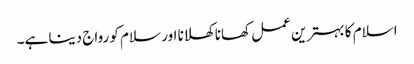
اسلام کا بہترین عمل کھانا کھلانا اور سلام کو رواج دینا ہے۔